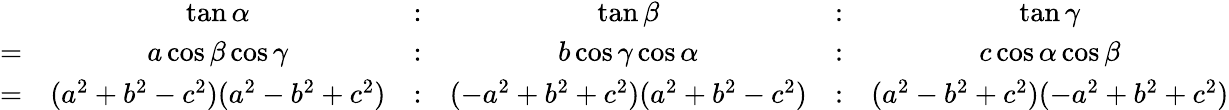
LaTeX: {\begin{array}{rccccc}&{\tan\alpha}&{:}&{\tan\beta}&{:}&{\tan\gamma}\\ {=}&{a\cos\beta\cos\gamma}&{:}&{b\cos\gamma\cos\alpha}&{:}&{c\cos\alpha\cos\beta}\\ {=}&{(a^{2}+b^{2}-c^{2})(a^{2}-b^{2}+c^{2})}&{:}&{(-a^{2}+b^{2}+c^{2})(a^{2}+b^{2}-c^{2})}&{:}&{(a^{2}-b^{2}+c^{2})(-a^{2}+b^{2}+c^{2})}\end{array}}